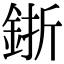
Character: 𨦬